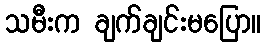
သမီးက ချက်ချင်းမပြော။